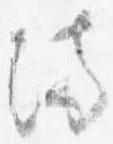
満